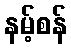
နမ့်စန်